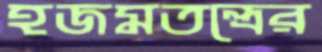
হজমতন্ত্রের